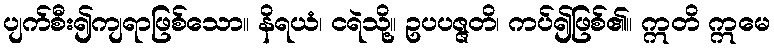
ပျက်စီး၍ကျရာဖြစ်သော။ နိရယံ၊ ငရဲသို့။ ဥပပဇ္ဇတိ၊ ကပ်၍ဖြစ်၏။ ဣတိ ဣမေ